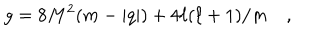
LaTeX: g = 8 M ^ { 2 } ( m - | q | ) + 4 \ell ( \ell + 1 ) / m \quad ,